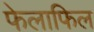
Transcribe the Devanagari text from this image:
फेलाफिल